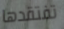
تفتقدها